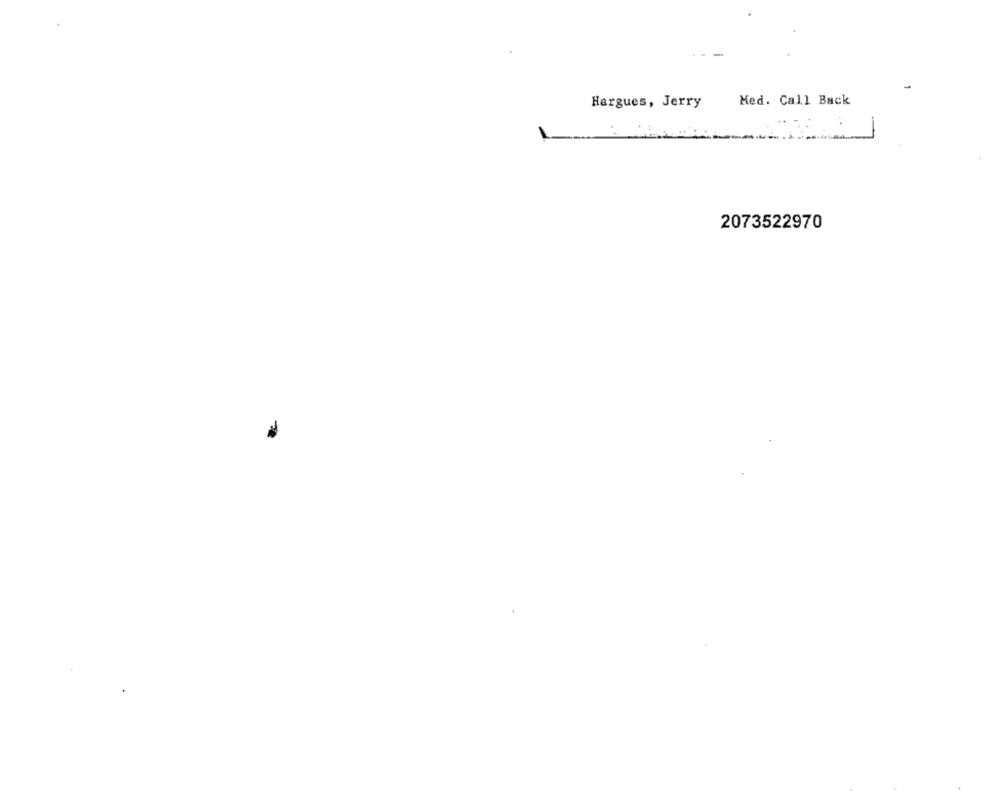
Hargues, Jerry
Med. Call Back
-
2073522970